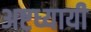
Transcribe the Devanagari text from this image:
अष्टध्यायी